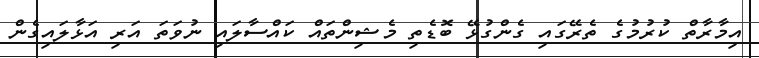
އިމާރާތް ކުރުމުގެ ތެރޭގައި ގެންގުޅޭ ބޮޑެތި މެޝިންތައް ކައްސާލައި ނުވަތަ އަރި އަޅާލައިގެން